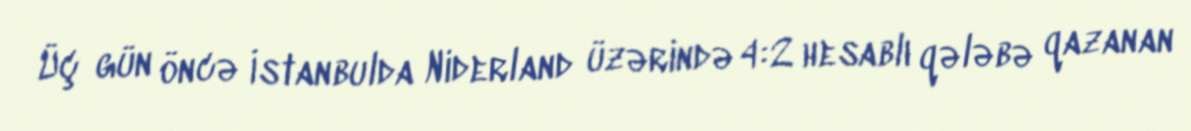
Üç gün öncə İstanbulda Niderland üzərində 4:2 hesablı qələbə qazanan